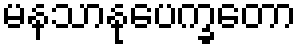
မနသာနုပေက္ခတော